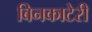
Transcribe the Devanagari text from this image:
बिनकाटेरी